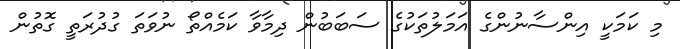
މި ކަމަކީ އިންސާނުންގެ އަމަލުތަކުގެ ސަބަބުން ދިމާވާ ކަމެއްތޯ ނުވަތަ ގުދުރަތީ ގޮތުން